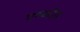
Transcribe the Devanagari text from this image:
एण्कीड